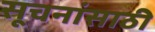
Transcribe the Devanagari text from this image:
सूचनांसाठी